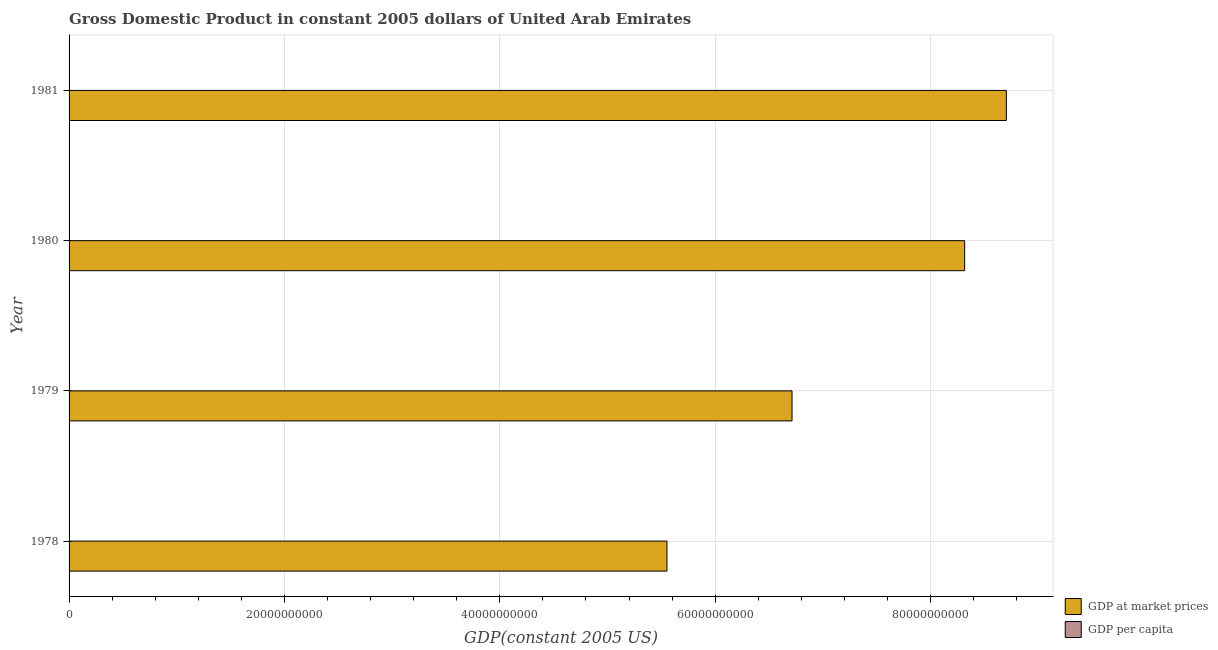
| Year | GDP at market prices | GDP per capita |
 | --- | --- | --- |
 | 1978 | 5.55e+10 | 6.71e+04 |
 | 1979 | 6.71e+10 | 7.24e+04 |
 | 1980 | 8.32e+10 | 8.18e+04 |
 | 1981 | 8.7e+10 | 7.96e+04 |